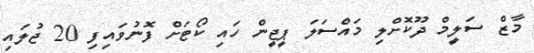
މާޒް ސަލީމް ދޫކޮށްލި މައްސަލަ ޕީޖީން ހައި ކޯޓަށް ފޮނުވައިފި 20 ޖުލައި